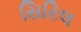
સિરિલ